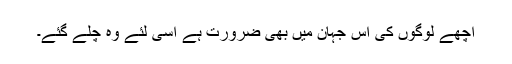
اچھے لوگوں کی اس جہان میں بھی ضرورت ہے اسی لئے وہ چلے گئے۔